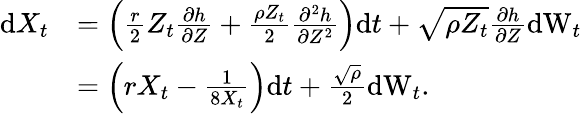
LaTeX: \begin{array}{rl}{{\mathrm{d}}X_{t}}&{=\left(\frac{r}{2}Z_{t}\frac{\partial h}{\partial Z}+\frac{\rho Z_{t}}{2}\frac{\partial^{2}h}{\partial Z^{2}}\right){\mathrm{d}}t+\sqrt{\rho Z_{t}}\frac{\partial h}{\partial Z}{\mathrm{dW}}_{t}}\\ &{=\left(rX_{t}-\frac{1}{8X_{t}}\right){\mathrm{d}}t+\frac{\sqrt{\rho}}{2}{\mathrm{dW}}_{t}.}\end{array}